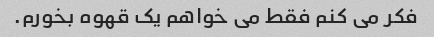
فکر می کنم فقط می خواهم یک قهوه بخورم.